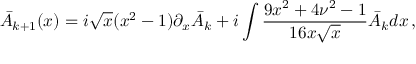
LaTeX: \bar { A } _ { k + 1 } ( x ) = i \sqrt { x } ( x ^ { 2 } - 1 ) \partial _ { x } \bar { A } _ { k } + i \int \frac { 9 x ^ { 2 } + 4 \nu ^ { 2 } - 1 } { 1 6 x \sqrt { x } } \bar { A } _ { k } d x \, ,